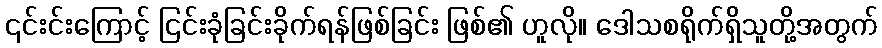
၎င်းင်းကြောင့် ငြင်းခုံခြင်းခိုက်ရန်ဖြစ်ခြင်း ဖြစ်၏ ဟူလို။ ဒေါသစရိုက်ရှိသူတို့အတွက်